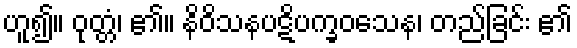
ဟူ၍။ ဝုတ္တံ၊ ၏။ နိဝိသနပဋိပက္ခဝသေန၊ တည်ခြင်း ၏